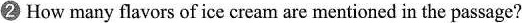
②How many flavors of ice cream are mentioned in the passage?